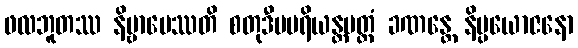
ဖလဘူတဿ နိဗ္ဗာပေဿတိ စတုဒီပပရိယန္တမတ္တံ ခဏန္တေ နိပ္ပယောဇနော